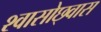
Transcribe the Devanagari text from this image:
श्वासोछ्वास